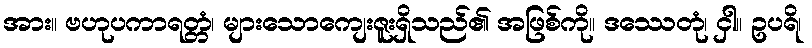
အား။ ဗဟုပကာရတ္တံ၊ များသောကျေးဇူးရှိသည်၏ အဖြစ်ကို။ ဒဿေတုံ၊ ငှါ။ ဥပရိ၊